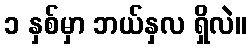
၁ နှစ်မှာ ဘယ်နှလ ရှိလဲ။